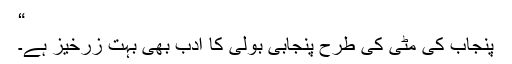
“
پنجاب کی مٹی کی طرح پنجابی بولی کا ادب بھی بہت زرخیز ہے۔